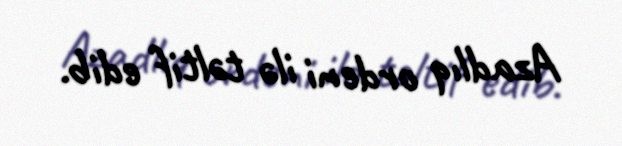
Azadlıq ordeni ilə təltif edib.